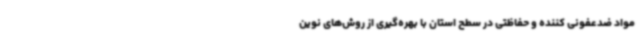
مواد ضدعفونی کننده و حفاظتی در سطح استان با بهره‌گیری از روش‌های نوین